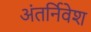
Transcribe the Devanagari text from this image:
अंतर्निवेश